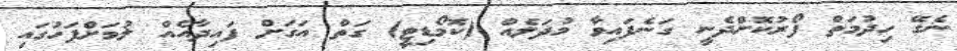
ނެގޭ ހިދުމަތް ފޯރުކޮށްދެނީ ގަނެފައިވާ މުދަލެއް (ކޮމޯޑިޓީ) ގަތް އަގަށް ފައިދާއެއް ލުމަށްފަހުގައި